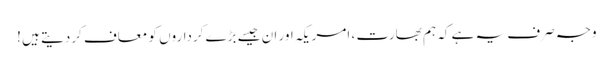
وجہ صرف یہ ہے کہ ہم بھارت ، امریکہ اور ان جیسے بڑے کرداروں کو معاف کردیتے ہیں !